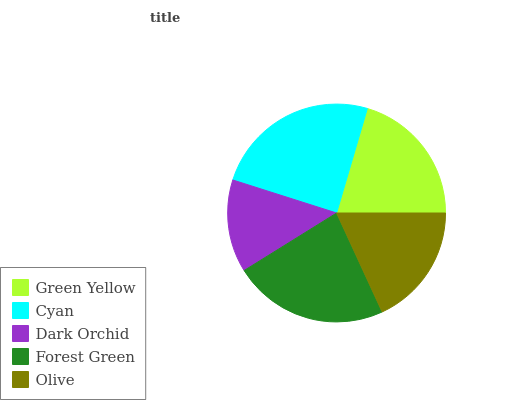
| Green Yellow | Cyan | Dark Orchid | Forest Green | Olive |
 | --- | --- | --- | --- | --- |
 | 20.4% | 24.7% | 13.7% | 23.1% | 18.1% |